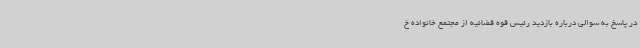
در پاسخ به سوالی درباره بازدید رئیس قوه قضائیه از مجتمع خانواده خ